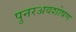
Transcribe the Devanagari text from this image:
पुनरअवशोषण